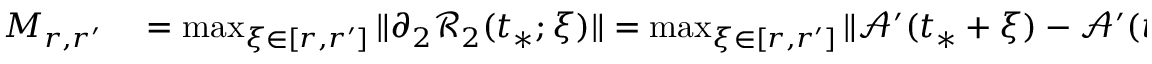
\begin{array} { r l } { M _ { r , r ^ { \prime } } } & { { } = \operatorname* { m a x } _ { \xi \in [ r , r ^ { \prime } ] } \| \partial _ { 2 } \mathcal { R } _ { 2 } ( t _ { * } ; \xi ) \| = \operatorname* { m a x } _ { \xi \in [ r , r ^ { \prime } ] } \| \mathcal { A } ^ { \prime } ( t _ { * } + \xi ) - \mathcal { A } ^ { \prime } ( t _ { * } ) \| } \end{array}